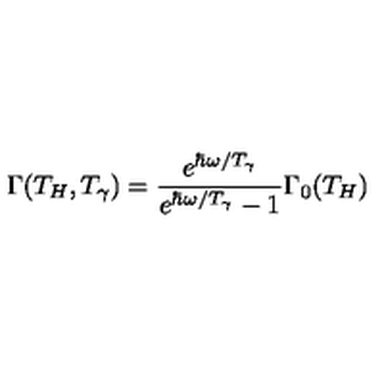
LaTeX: \Gamma ( T _ { H } , T _ { \gamma } ) = { \frac { e ^ { \hbar \omega / T _ { \gamma } } } { e ^ { \hbar \omega / T _ { \gamma } } - 1 } } \Gamma _ { 0 } ( T _ { H } )